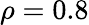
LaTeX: \rho=0.8